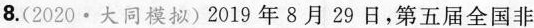
济生活的角度看，这样做 ( )